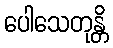
ပေါသေတုန္တိ